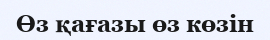
Өз қағазы өз көзін